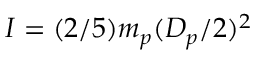
I = ( 2 / 5 ) m _ { p } ( D _ { p } / 2 ) ^ { 2 }